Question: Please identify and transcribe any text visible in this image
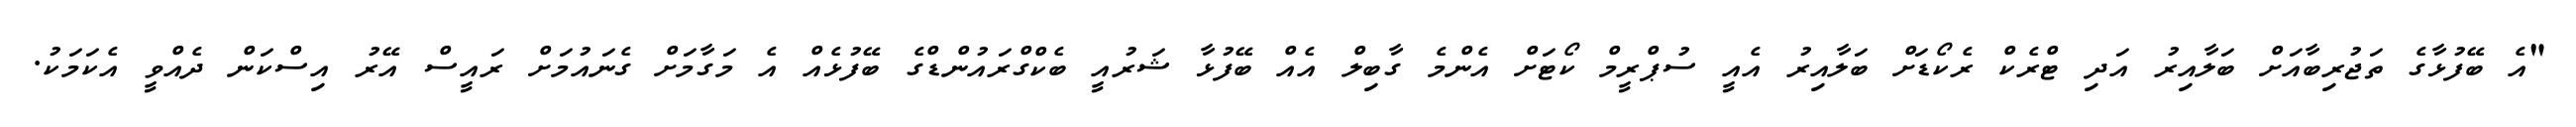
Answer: "އެ ބޭފުޅާގެ ތަޖުރިބާއަށް ބަލާއިރު އަދި ޓްރެކް ރެކޯޑަށް ބަލާއިރު އެއީ ސުޕްރީމް ކޯޓަށް އެންމެ ގާބިލް އެއް ބޭފުޅާ ޝަރުއީ ބެކްގްރައުންޑްގެ ބޭފުޅެއް އެ މަގާމަށް ގެނައުމަށް ރައީސް އޭރު އިސްކަން ދެއްވީ އެކަމަކު.